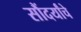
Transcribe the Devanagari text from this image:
सौंदर्यांचे